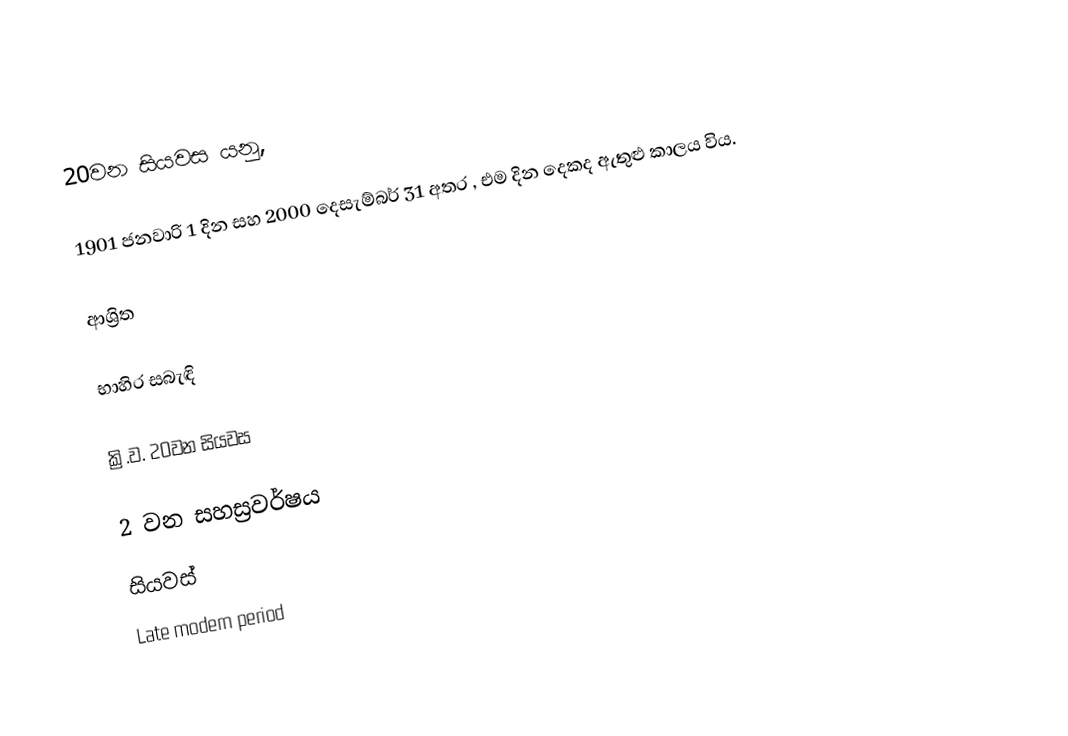
20වන සියවස යනු,

1901 ජනවාරි 1 දින සහ 2000 දෙසැම්බර් 31 අතර ,  එම දින දෙකද ඇතුළු කාලය විය.

ආශ්‍රිත

භාහිර සබැඳි

ක්‍රි.ව. 20වන සියවස

2 වන සහස්‍රවර්ෂය
සියවස්
Late modern period